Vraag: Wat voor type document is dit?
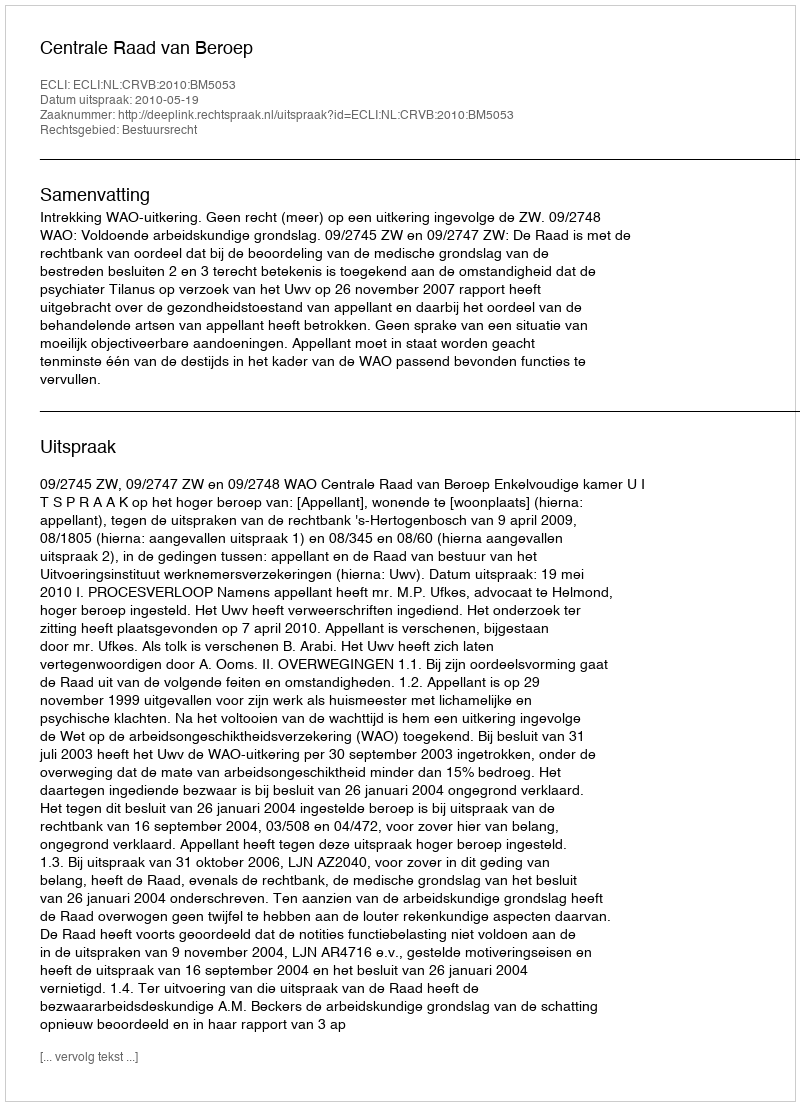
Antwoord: Uitspraak